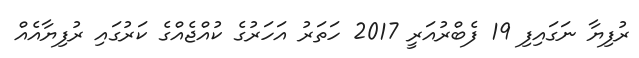
ރުފިޔާ ނަގައިފި 19 ފެބްރުއަރީ 2017 ހަތަރު އަހަރުގެ ކުއްޖެއްގެ ކަރުގައި ރުފިޔާއެއް